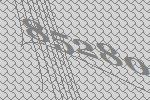
85280